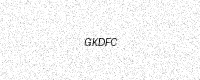
Text: GKDFC